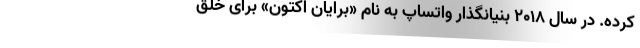
کرده. در سال ۲۰۱۸ بنیانگذار واتساپ به نام «برایان اکتون» برای خلق